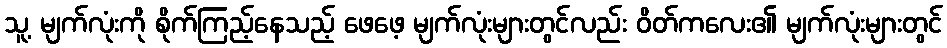
သူ့ မျက်လုံးကို စိုက်ကြည့်နေသည့် ဖေဖေ့ မျက်လုံးများတွင်လည်း ဝိတ်ကလေး၏ မျက်လုံးများတွင်